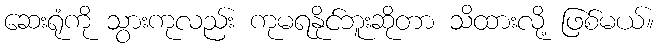
ဆေးရုံကို သွားကုလည်း ကုမရနိုင်ဘူးဆိုတာ သိထားလို့ ဖြစ်မယ်။